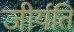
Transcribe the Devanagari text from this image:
जीर्यति